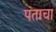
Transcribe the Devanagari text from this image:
पंताचा